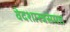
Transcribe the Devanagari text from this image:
वेदशास्त्रसंमत